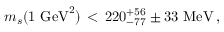
m _ { s } ( 1 \ \mathrm { G e V } ^ { 2 } ) \, < \, 2 2 0 _ { - 7 7 } ^ { + 5 6 } \pm 3 3 \ \mathrm { M e V } \, ,